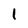
Character: 1